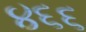
૪૬૬